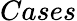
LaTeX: Cases